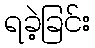
ရခဲ့ခြင်း